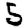
Digit: 5